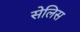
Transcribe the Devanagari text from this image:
सेलिस